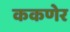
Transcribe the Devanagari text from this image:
ककणेर